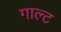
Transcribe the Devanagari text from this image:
गाल्ट